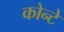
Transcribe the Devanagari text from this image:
कोन्टे